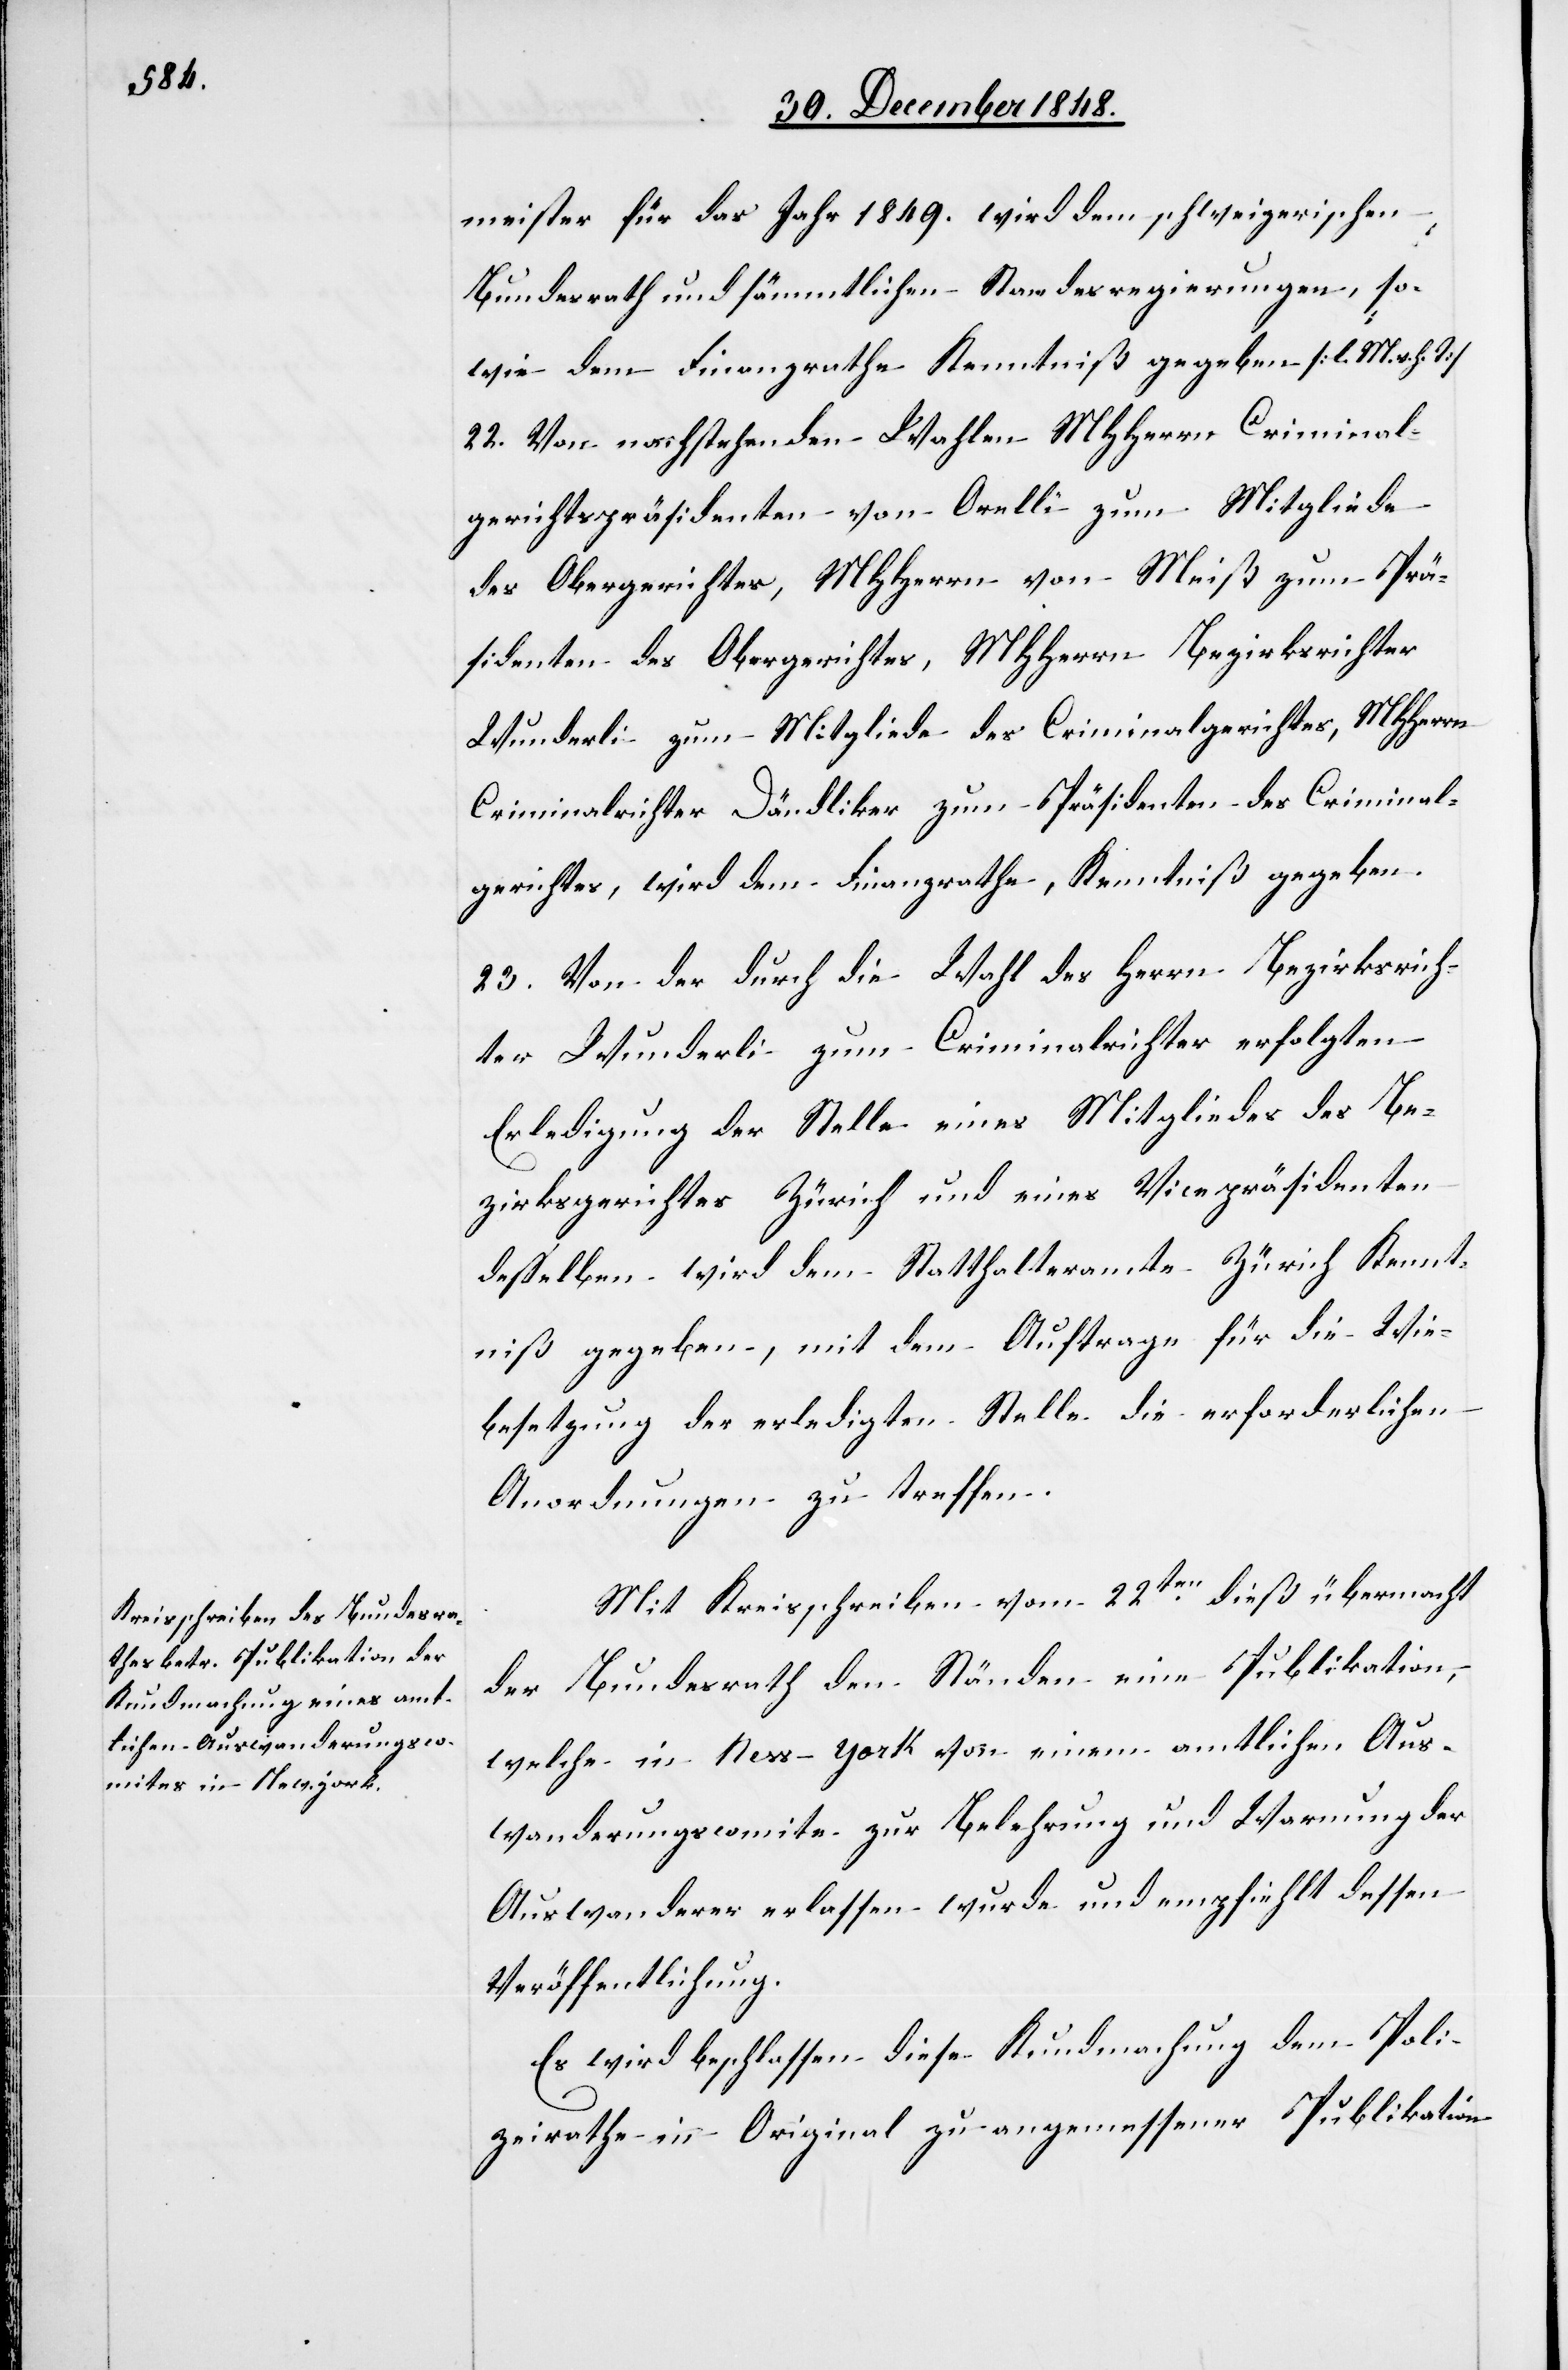
meister für das Jahr 1849. wird dem schweizerischen
Bundesrath und sämmtlichen Standesregierungen, so¬
wie dem Finanzrathe Kenntniß gegeben [l. M. v. h.
22. Von nachstehenden Wahlen MHHerrn Criminal¬
gerichtspräsidenten von Orelli zum Mitgliede
des Obergerichtes, MHHerrn von Meiß zum Prä¬
sidenten des Obergerichtes, MHHerrn Bezirksrichter
Wunderli zum Mitgliede des Criminalgerichtes, MHHerrn
Criminalrichter Dändliker zum Präsidenten des Criminal¬
gerichtes, wird dem Finanzrathe, Kenntniß gegeben.
23. Von der durch die Wahl des Herrn Bezirksrich¬
ter Wunderli zum Criminalrichter erfolgten
Erledigung der Stelle eines Mitgliedes des Be¬
zirksgerichtes Zürich und eines Vicepräsidenten
desselben wird dem Statthalteramte Zürich Kennt¬
niß gegeben, mit dem Auftrage für die Wie[de¬
r]besetzung der erledigten Stelle die erforderlichen
Anordnungen zu treffen.
Mit Kreisschreiben vom 22ten dieß übermacht
der Bundesrath den Ständen eine Publikation,
welche in New-York von einem amtlichen Aus¬
wanderungscomite zur Belehrung und Warnung der
Auswanderer erlassen wurde und empfiehlt dessen
Veröffentlichung.
Es wird beschlossen diese Kundmachung dem Poli¬
zeirathe in Original zu angemessener Publikation